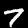
Digit: 7